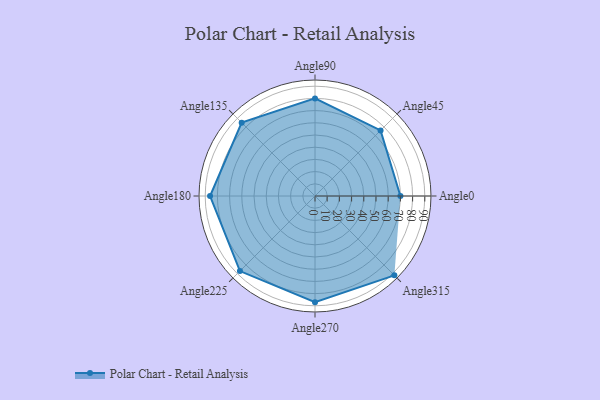
{"axis": {"x": "Angle", "y": "Radius"}, "legend": [""], "data": [{"x": "Angle0", "y": 70.0, "type": ""}, {"x": "Angle45", "y": 76.0, "type": ""}, {"x": "Angle90", "y": 80.0, "type": ""}, {"x": "Angle135", "y": 85.0, "type": ""}, {"x": "Angle180", "y": 86.0, "type": ""}, {"x": "Angle225", "y": 87.0, "type": ""}, {"x": "Angle270", "y": 87.0, "type": ""}, {"x": "Angle315", "y": 92.0, "type": ""}]}